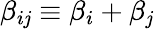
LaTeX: \beta_{i\mathit{j}}\equiv\beta_{i}+\beta_{\mathit{j}}